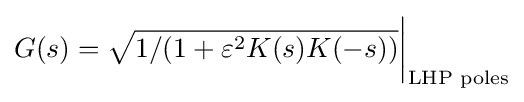
G(s)={\sqrt {1/(1+\varepsilon ^{2}K(s)K(-s))}}{\bigg |}_{\text{LHP poles}}